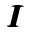
\pmb { I }